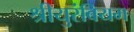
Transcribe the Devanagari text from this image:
श्रीयुरंबियम